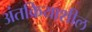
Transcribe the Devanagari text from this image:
अंतक्रियाशील